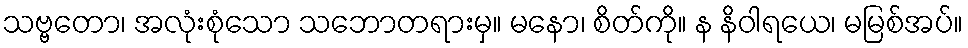
သဗ္ဗတော၊ အလုံးစုံသော သဘောတရားမှ။ မနော၊ စိတ်ကို။ န နိဝါရယေ၊ မမြစ်အပ်။